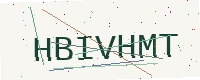
Text: HBIVHMT